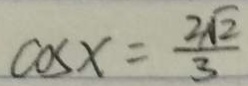
\cos x = \frac { 2 \sqrt { 2 } } { 3 }